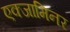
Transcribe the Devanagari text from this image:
एक्जामिनर